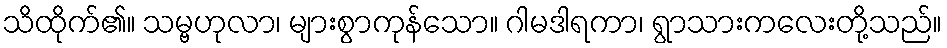
သိထိုက်၏။ သမ္ဗဟုလာ၊ များစွာကုန်သော။ ဂါမဒါရကာ၊ ရွာသားကလေးတို့သည်။